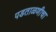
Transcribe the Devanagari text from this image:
पडताळणीचा